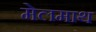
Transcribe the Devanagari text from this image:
मेलमाथ